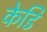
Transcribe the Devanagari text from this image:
केडि